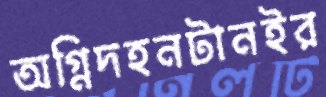
অগ্নিদহনটানইর